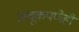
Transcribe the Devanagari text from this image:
अचूकपणेही